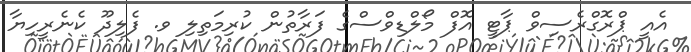
އެއީ ޕްރޮގްރެސިވް ޕާޓީ އޮފް މޯލްޑިވްސްގެ ފަރާތުން ކުރިމަތިލި ވ. ފެލިދޫ ކެނެރީހިޔާ